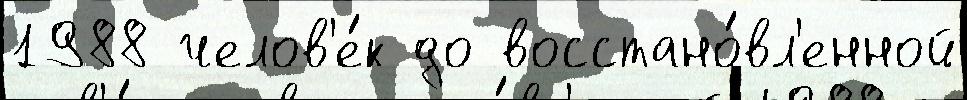
1988 челов'е́к до восстано́вл'енной